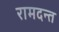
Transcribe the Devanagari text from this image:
रामदन्त